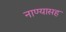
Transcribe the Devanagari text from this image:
नाण्यासह